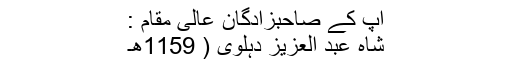
آپ کے صاحبزادگان عالی مقام :
شاہ عبد العزیز دہلوی ( 1159ھ۔